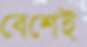
বেশেই